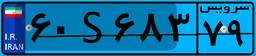
۹۷S۱۴۵۵۷